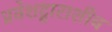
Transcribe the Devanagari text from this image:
प्रवेशद्वाराशीच